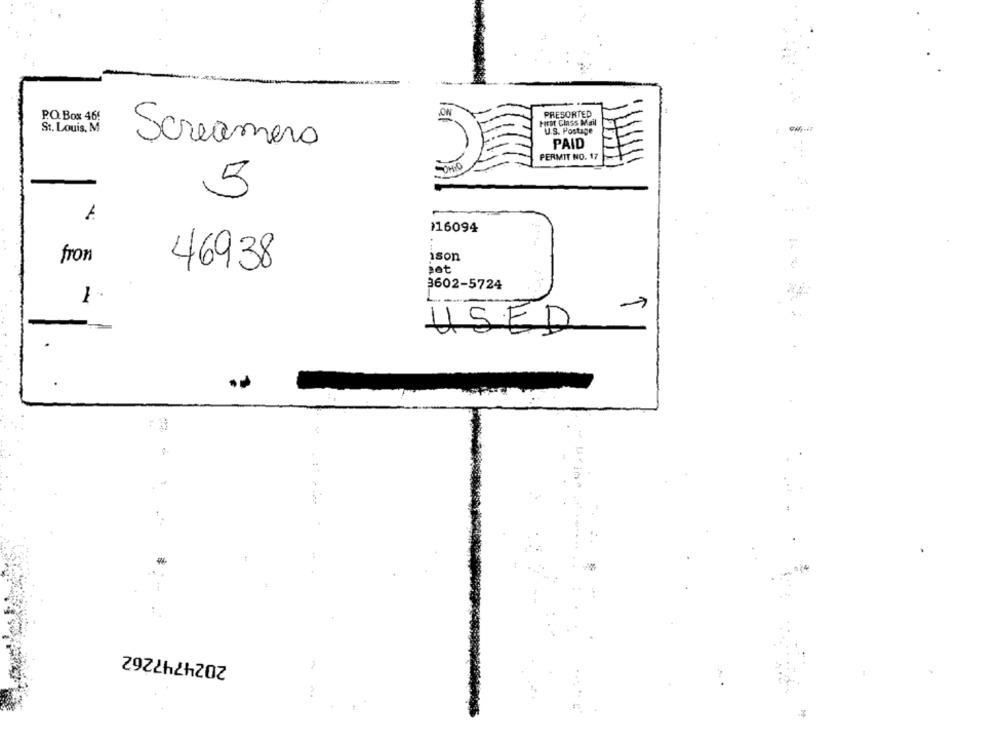
P.O. Box 46:
PRESORTED
HEst Class Mail
St. Louis, M
U.S. Postage
Screamers
PAID
PERMIT NO. 17
5
116094
from
ison
46938
pet
3602-5724
7
USED
2024747262